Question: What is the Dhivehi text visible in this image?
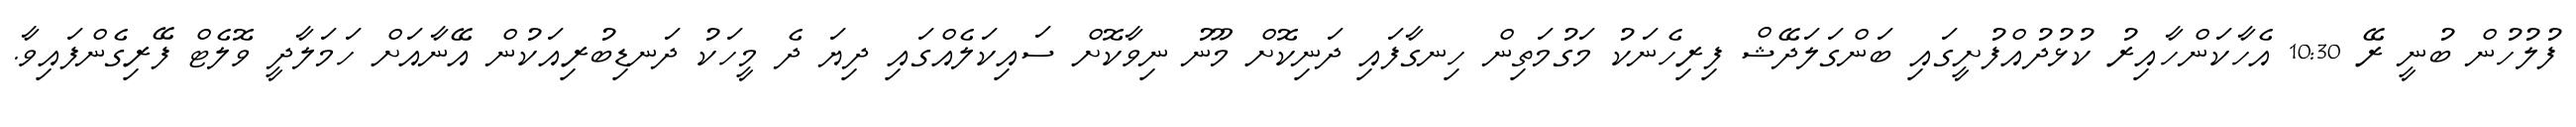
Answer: ފުލުހުން ބުނީ ރޭ 10:30 އެހާކަންހާއިރު ކުޅުދުއްފުށީގައި ބަންގަލަދޭޝް ފިރިހެނަކު މަގުމަތިން ހިނގާފައި ދަނިކޮށް މޫނު ނިވާކޮށް ސައިކަލެއްގައި ދިޔަ ދެ މީހަކު ދަނޑިބުރިއަކުން އޭނާއަށް ހަމަލާދީ ވޮލެޓް ފޭރިގެންފައިވާ.